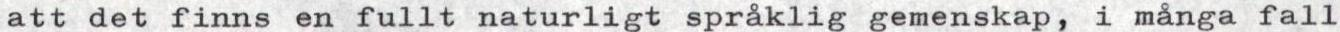
att det finns en fullt naturligt språklig gemenskap, i många fall